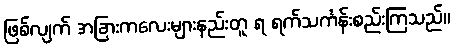
ဖြစ်လျက် အခြားကလေးများနည်းတူ ရ ရက်သင်္ကန်းစည်းကြသည်။